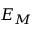
E _ { M }